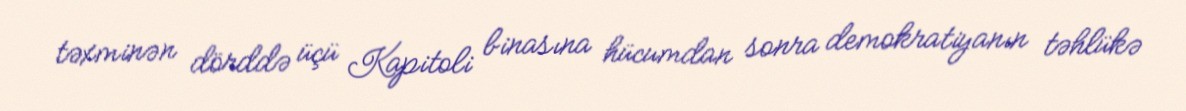
təxminən dörddə üçü Kapitoli binasına hücumdan sonra demokratiyanın təhlükə